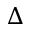
\Delta